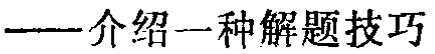
——介绍一种解题技巧